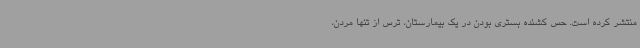
منتشر کرده است. حس کشنده بستری بودن در یک بیمارستان، ترس از تنها مردن،